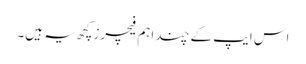
اس ایپ کے چند اہم فیچرز کچھ یہ ہیں۔